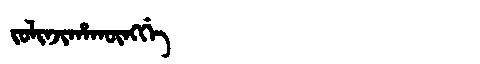
Manchu: ᠵᠣᠯᡳᠨᠵᡳᡥᠠᡴᡡᠩᡤᡝ
Romanization: JOLINJIHAKŪNGGE